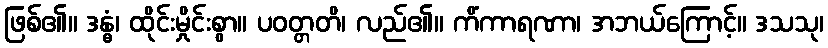
ဖြစ်၏။ ဒန္ဓံ၊ ထိုင်းမှိုင်းစွာ။ ပဝတ္တတိ၊ လည်၏။ ကိံကာရဏာ၊ အဘယ်ကြောင့်။ ဒသသု၊